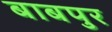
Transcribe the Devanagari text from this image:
बाबपुर